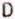
D